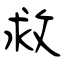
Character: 救